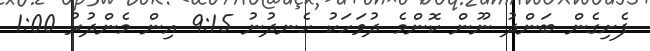
ފެށިގެން ބަންދު ނޫން ކޮންމެ ދުވަހަކު ހެނދުނު 9:15 އިން މެންދުރު 1:00